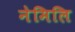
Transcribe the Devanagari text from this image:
नेमिलि